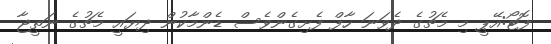
ފޮޓޯ:އޭޕީ މި މެޗުގެ ދެވަނަ ހާފް ފެށިގެންވެސް ޑެންމާކުން ދިޔައީ މެޗުގެ ނަތީޖާ